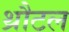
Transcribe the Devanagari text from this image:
थ्रौटल